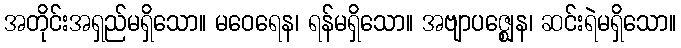
အတိုင်းအရှည်မရှိသော။ မဝေရေန၊ ရန်မရှိသော။ အဗျာပဇ္ဈေန၊ ဆင်းရဲမရှိသော။